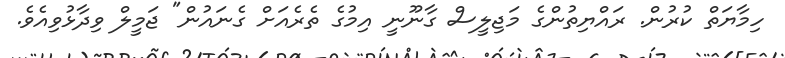
ހިމާޔަތް ކުރުން. ރައްޔިތުންގެ މަޖިލީސް ގާނޫނީ އިމުގެ ތެރެއަށް ގެނައުން" ޖަމީލް ވިދާޅުވިއެވެ.